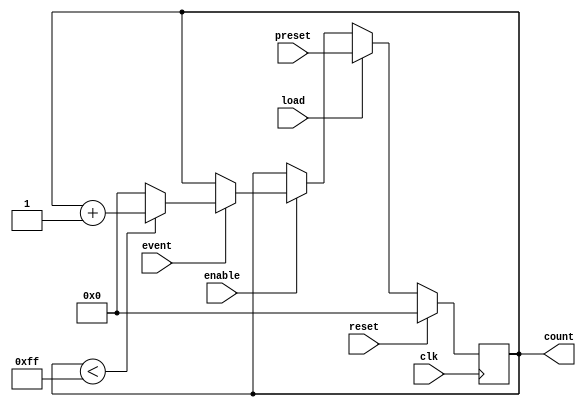
module EventCounter (
    input wire clk,          // Clock signal
    input wire reset,        // Synchronous reset signal
    input wire enable,       // Enable signal for counting
    input wire event,        // Input event signal
    input wire [7:0] preset, // Preset value to load into the counter
    input wire load,         // Load signal to load preset value
    output reg [7:0] count   // Current count value
);

    // Maximum value for an 8-bit counter
    localparam MAX_COUNT = 8'hFF;

    // Always block for counting and reset logic
    always @(posedge clk) begin
        if (reset) begin
            count <= 8'b0; // Reset count to 0
        end else if (load) begin
            count <= preset; // Load preset value into count
        end else if (enable) begin
            if (event) begin
                if (count < MAX_COUNT) begin
                    count <= count + 1; // Increment count
                end else begin
                    count <= 8'b0; // Wrap around to 0 on overflow
                end
            end
        end
    end

endmodule